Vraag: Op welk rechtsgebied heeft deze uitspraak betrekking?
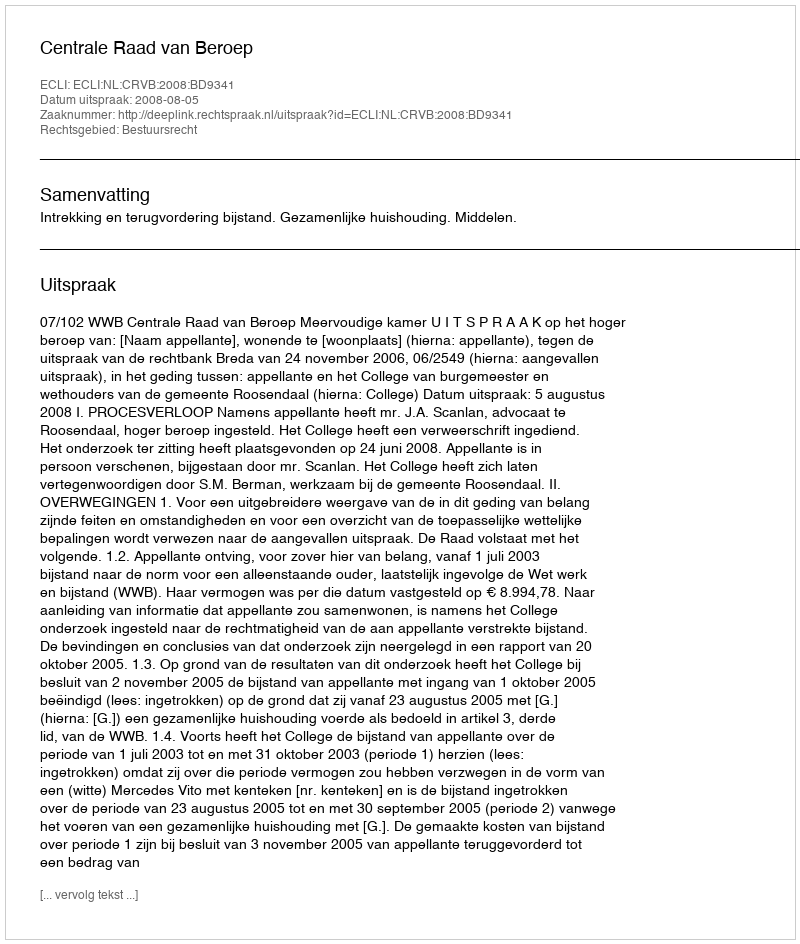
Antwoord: Bestuursrecht